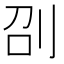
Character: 刟